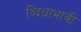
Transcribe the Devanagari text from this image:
व्दिधाभावी